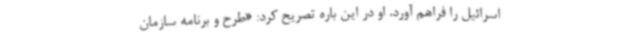
اسرائیل را فراهم آورد. او در این باره تصریح کرد: «طرح و برنامه سازمان